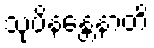
သုပိနန္တေနာတိ